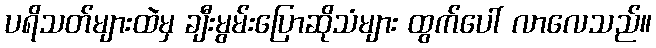
ပရိသတ်များထဲမှ ချီးမွမ်းပြောဆိုသံများ ထွက်ပေါ် လာလေသည်။